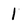
Character: 1